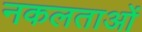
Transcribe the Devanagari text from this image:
नकलताओं